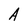
Character: A